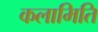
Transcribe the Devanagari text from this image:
कलामिति